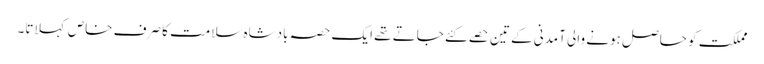
مملکت کو حاصل ہونے والی آمدنی کے تین حصے کئے جاتے تھے ایک حصہ بادشاہ سلامت کا صرف خاص کہلاتا۔